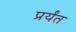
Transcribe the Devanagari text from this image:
प्रर्यंत